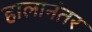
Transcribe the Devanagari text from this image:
हालानंतर